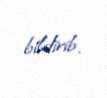
bildirib.